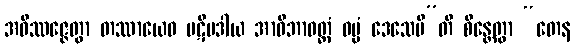
အဝိဿဇ္ဇေတွာ တဿာယေဝ ပဋိပဒါယ အာဝိဘာဝတ္ထံ ဓမ္မံ ဒေသေမီ”တိ စိန္တေတွာ “တေန